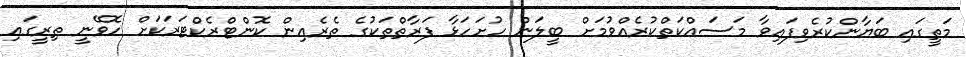
މަތީގައި ބަޔާންކުރެވިފައިވާ މަސައްކަތްކުރެއްވުމަށް ބީލަން ހުށަހަޅާ ފަރާތްތަކުގެ ތެރެއިން ކޮންޓްރެކްޓަރަކަށް ހޮވޭނީ ތިރީގައި